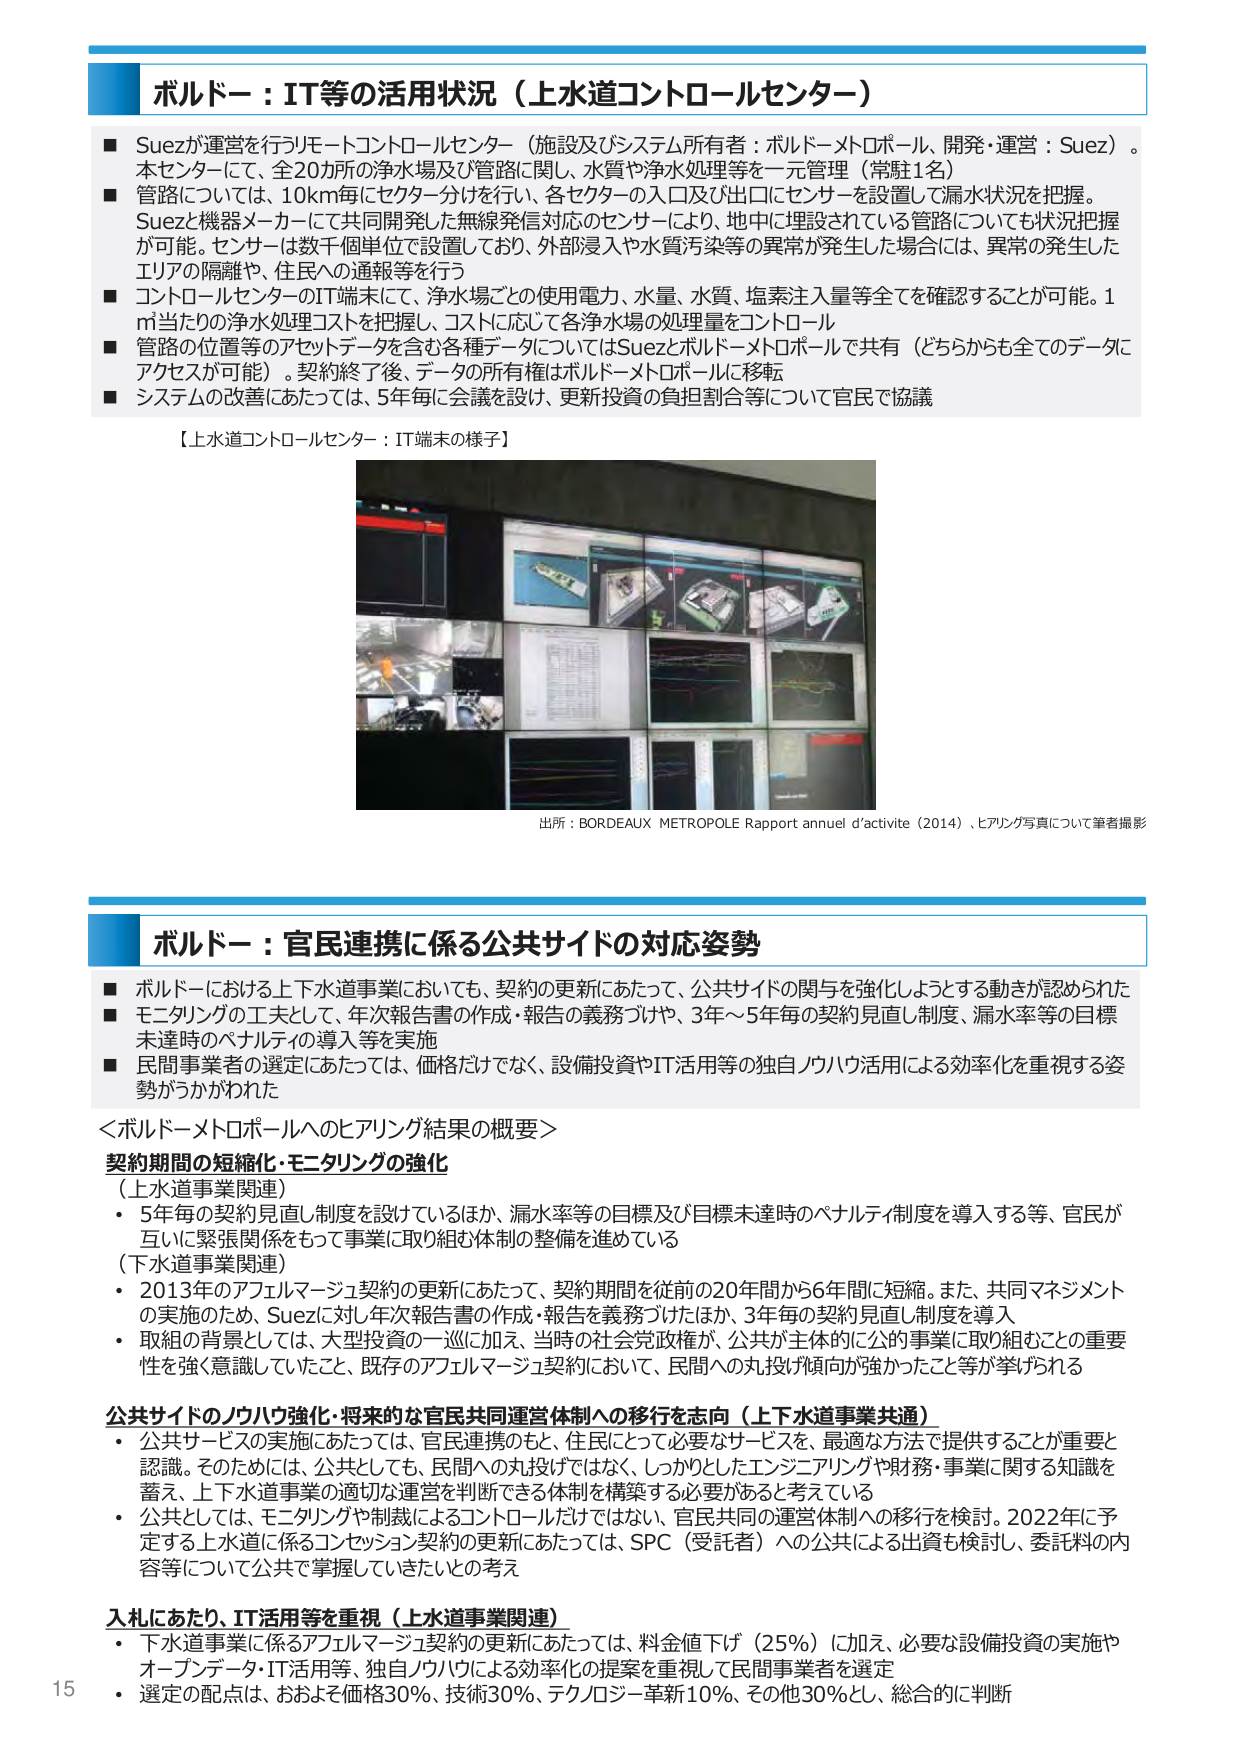
ボルドー：IT等の活用状況（上水道コントロールセンター）

■ Suezが運営を行うリモートコントロールセンター（施設及びシステム所有者：ボルドーメトロポール、開発・運営：Suez）。本センターにて、全20カ所の浄水場及び管路に関し、水質や浄水処理等を一元管理（常駐1名）
■ 管路については、10km毎にセクター分けを行い、各セクターの入口及び出口にセンサーを設置して漏水状況を把握。Suezと機器メーカーにて共同開発した無線発信対応のセンサーにより、地中に埋設されている管路についても状況把握が可能。センサーは数千個単位で設置しており、外部浸入や水質汚染等の異常が発生した場合には、異常の発生したエリアの隔離や、住民への通報等を行う
■ コントロールセンターのIT端末にて、浄水場ごとの使用電力、水量、水質、塩素注入量等全てを確認することが可能。1㎥当たりの浄水処理コストを把握し、コストに応じて各浄水場の処理量をコントロール
■ 管路の位置等のアセットデータを含む各種データについてはSuezとボルドーメトロポールで共有（どちらからも全てのデータにアクセスが可能）。契約終了後、データの所有権はボルドーメトロポールに移転
■ システムの改善にあたっては、5年毎に会議を設け、更新投資の負担割合等について官民で協議

【上水道コントロールセンター：IT端末の様子】

出所：BORDEAUX METROPOLE Rapport annuel d’activite（2014）、ヒアリング写真について筆者撮影

ボルドー：官民連携に係る公共サイドの対応姿勢

■ ボルドーにおける上下水道事業においても、契約の更新にあたって、公共サイドの関与を強化しようとする動きが認められた
■ モニタリングの工夫として、年次報告書の作成・報告の義務づけや、3年～5年毎の契約見直し制度、漏水率等の目標未達時のペナルティの導入等を実施
■ 民間事業者の選定にあたっては、価格だけでなく、設備投資やIT活用等の独自ノウハウ活用による効率化を重視する姿勢がうかがわれた

＜ボルドーメトロポールへのヒアリング結果の概要＞

契約期間の短縮化・モニタリングの強化
（上水道事業関連）
・ 5年毎の契約見直し制度を設けているほか、漏水率等の目標及び目標未達時のペナルティ制度を導入する等、官民が互いに緊張関係をもって事業に取り組む体制の整備を進めている
（下水道事業関連）
・ 2013年のアフェルマージュ契約の更新にあたって、契約期間を従前の20年間から6年間に短縮。また、共同マネジメントの実施のため、Suezに対し年次報告書の作成・報告を義務づけたほか、3年毎の契約見直し制度を導入
・ 取組の背景としては、大型投資の一巡に加え、当時の社会党政権が、公共が主体的に公的事業に取り組むことの重要性を強く意識していたこと、既存のアフェルマージュ契約において、民間への丸投げ傾向が強かったこと等が挙げられる

公共サイドのノウハウ強化・将来的な官民共同運営体制への移行を志向（上下水道事業共通）
・ 公共サービスの実施にあたっては、官民連携のもと、住民にとって必要なサービスを、最適な方法で提供することが重要と認識。そのためには、公共としても、民間への丸投げではなく、しっかりとしたエンジニアリングや財務・事業に関する知識を蓄え、上下水道事業の適切な運営を判断できる体制を構築する必要があると考えている
・ 公共としては、モニタリングや制裁によるコントロールだけではなく、官民共同の運営体制への移行を検討。2022年に予定する上水道に係るコンセッション契約の更新にあたっては、SPC（受託者）への公共による出資も検討し、委託料の内容等について公共で掌握していきたいとの考え

入札にあたり、IT活用等を重視（上水道事業関連）
・ 下水道事業に係るアフェルマージュ契約の更新にあたっては、料金値下げ（25％）に加え、必要な設備投資の実施やオープンデータ・IT活用等、独自ノウハウによる効率化の提案を重視して民間事業者を選定
・ 選定の配点は、おおよそ価格30％、技術30％、テクノロジー革新10％、その他30％とし、総合的に判断

15